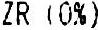
ZR (0%)